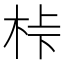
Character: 桛